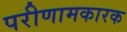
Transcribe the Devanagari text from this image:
परीणामकारक